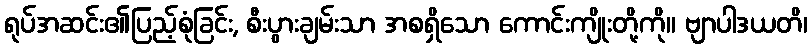
ရုပ်အဆင်း၏ပြည့်စုံခြင်း, စီးပွားချမ်းသာ အစရှိသော ကောင်းကျိုးတို့ကို။ ဗျာပါဒယတိ၊